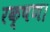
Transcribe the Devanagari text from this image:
रक्षण।